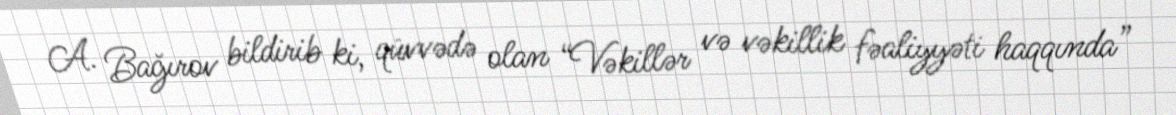
A. Bağırov bildirib ki, qüvvədə olan “Vəkillər və vəkillik fəaliyyəti haqqında”